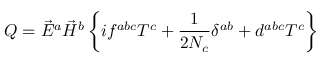
{ \cal Q } = \vec { E } ^ { a } \vec { H } ^ { b } \left\{ i f ^ { a b c } T ^ { c } + \frac { 1 } { 2 N _ { c } } \delta ^ { a b } + d ^ { a b c } T ^ { c } \right\}